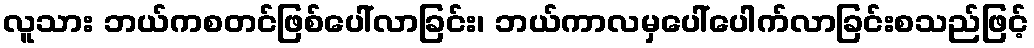
လူသား ဘယ်ကစတင်ဖြစ်ပေါ်လာခြင်း၊ ဘယ်ကာလမှပေါ်ပေါက်လာခြင်းစသည်ဖြင့်